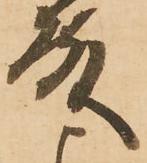
殿